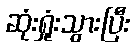
ဆုံးရှုံးသွားပြီး